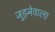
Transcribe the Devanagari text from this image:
जुड़नेवाला